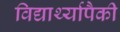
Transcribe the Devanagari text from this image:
विद्यार्थ्यापैकी